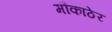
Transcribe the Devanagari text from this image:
मौकाठेर